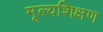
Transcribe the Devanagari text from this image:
मूल्यशिक्षण